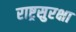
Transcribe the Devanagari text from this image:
राष्ट्रसुरक्षा